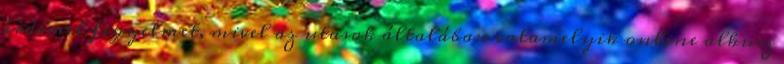
érdemel figyelmet, mivel az utasok általában valamelyik online alkusz